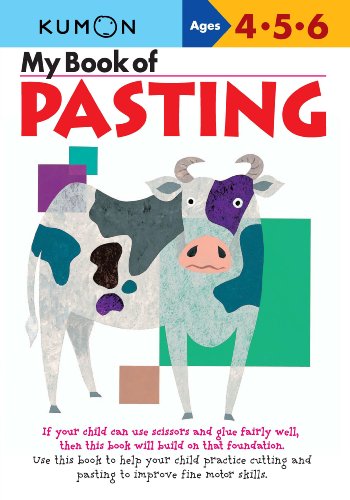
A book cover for My Book Of Pasting (Kumon Workbooks); Arts & Photography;